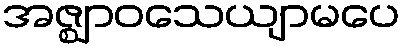
အဇ္ဈာဝသေယျာမပေ